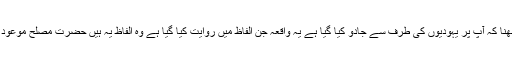
رسول کریم صلی اللہ علیہ وسلم کا بیمار ہونا اور لوگوں کا یہ سمجھنا کہ آپ پر یہودیوں کی طرف سے جادو کیا گیا ہے یہ واقعہ جن الفاظ میں روایت کیا گیا ہے وہ الفاظ یہ ہیں حضرت مصلح موعودؓ نے یہ الفاظ اسی سورۃ کے تعارف میں بیان کرتے ہوئے لکھے ۔